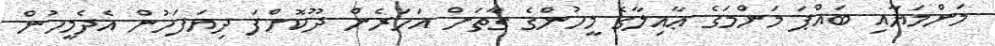
މަންމަޔާއި ބައްޕަ މަންމަގެ ޢާއިލާގެ މީހުންގެ ގާތަށް އަހަރެން ދޫކޮށްފަ ދިޔަފަހުން އެދެމީހުން